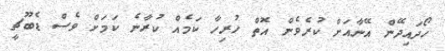
ހޯދައިދޭން އޭނާއަށް ކުރެވެން އޮތް ހުރިހާ ކަމެއް ކުރާނެ ކަމަށް ވެސް ޑެބޫޗީ